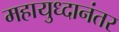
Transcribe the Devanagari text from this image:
महायुध्दानंतर